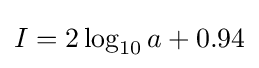
I=2\log _{10}a+0.94